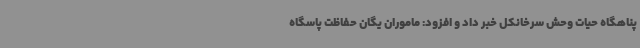
پناهگاه حیات وحش سرخانکل خبر داد و افزود: ماموران یگان حفاظت پاسگاه